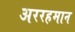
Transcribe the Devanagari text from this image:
अररहमान